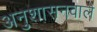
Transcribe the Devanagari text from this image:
अनुशासनवाले